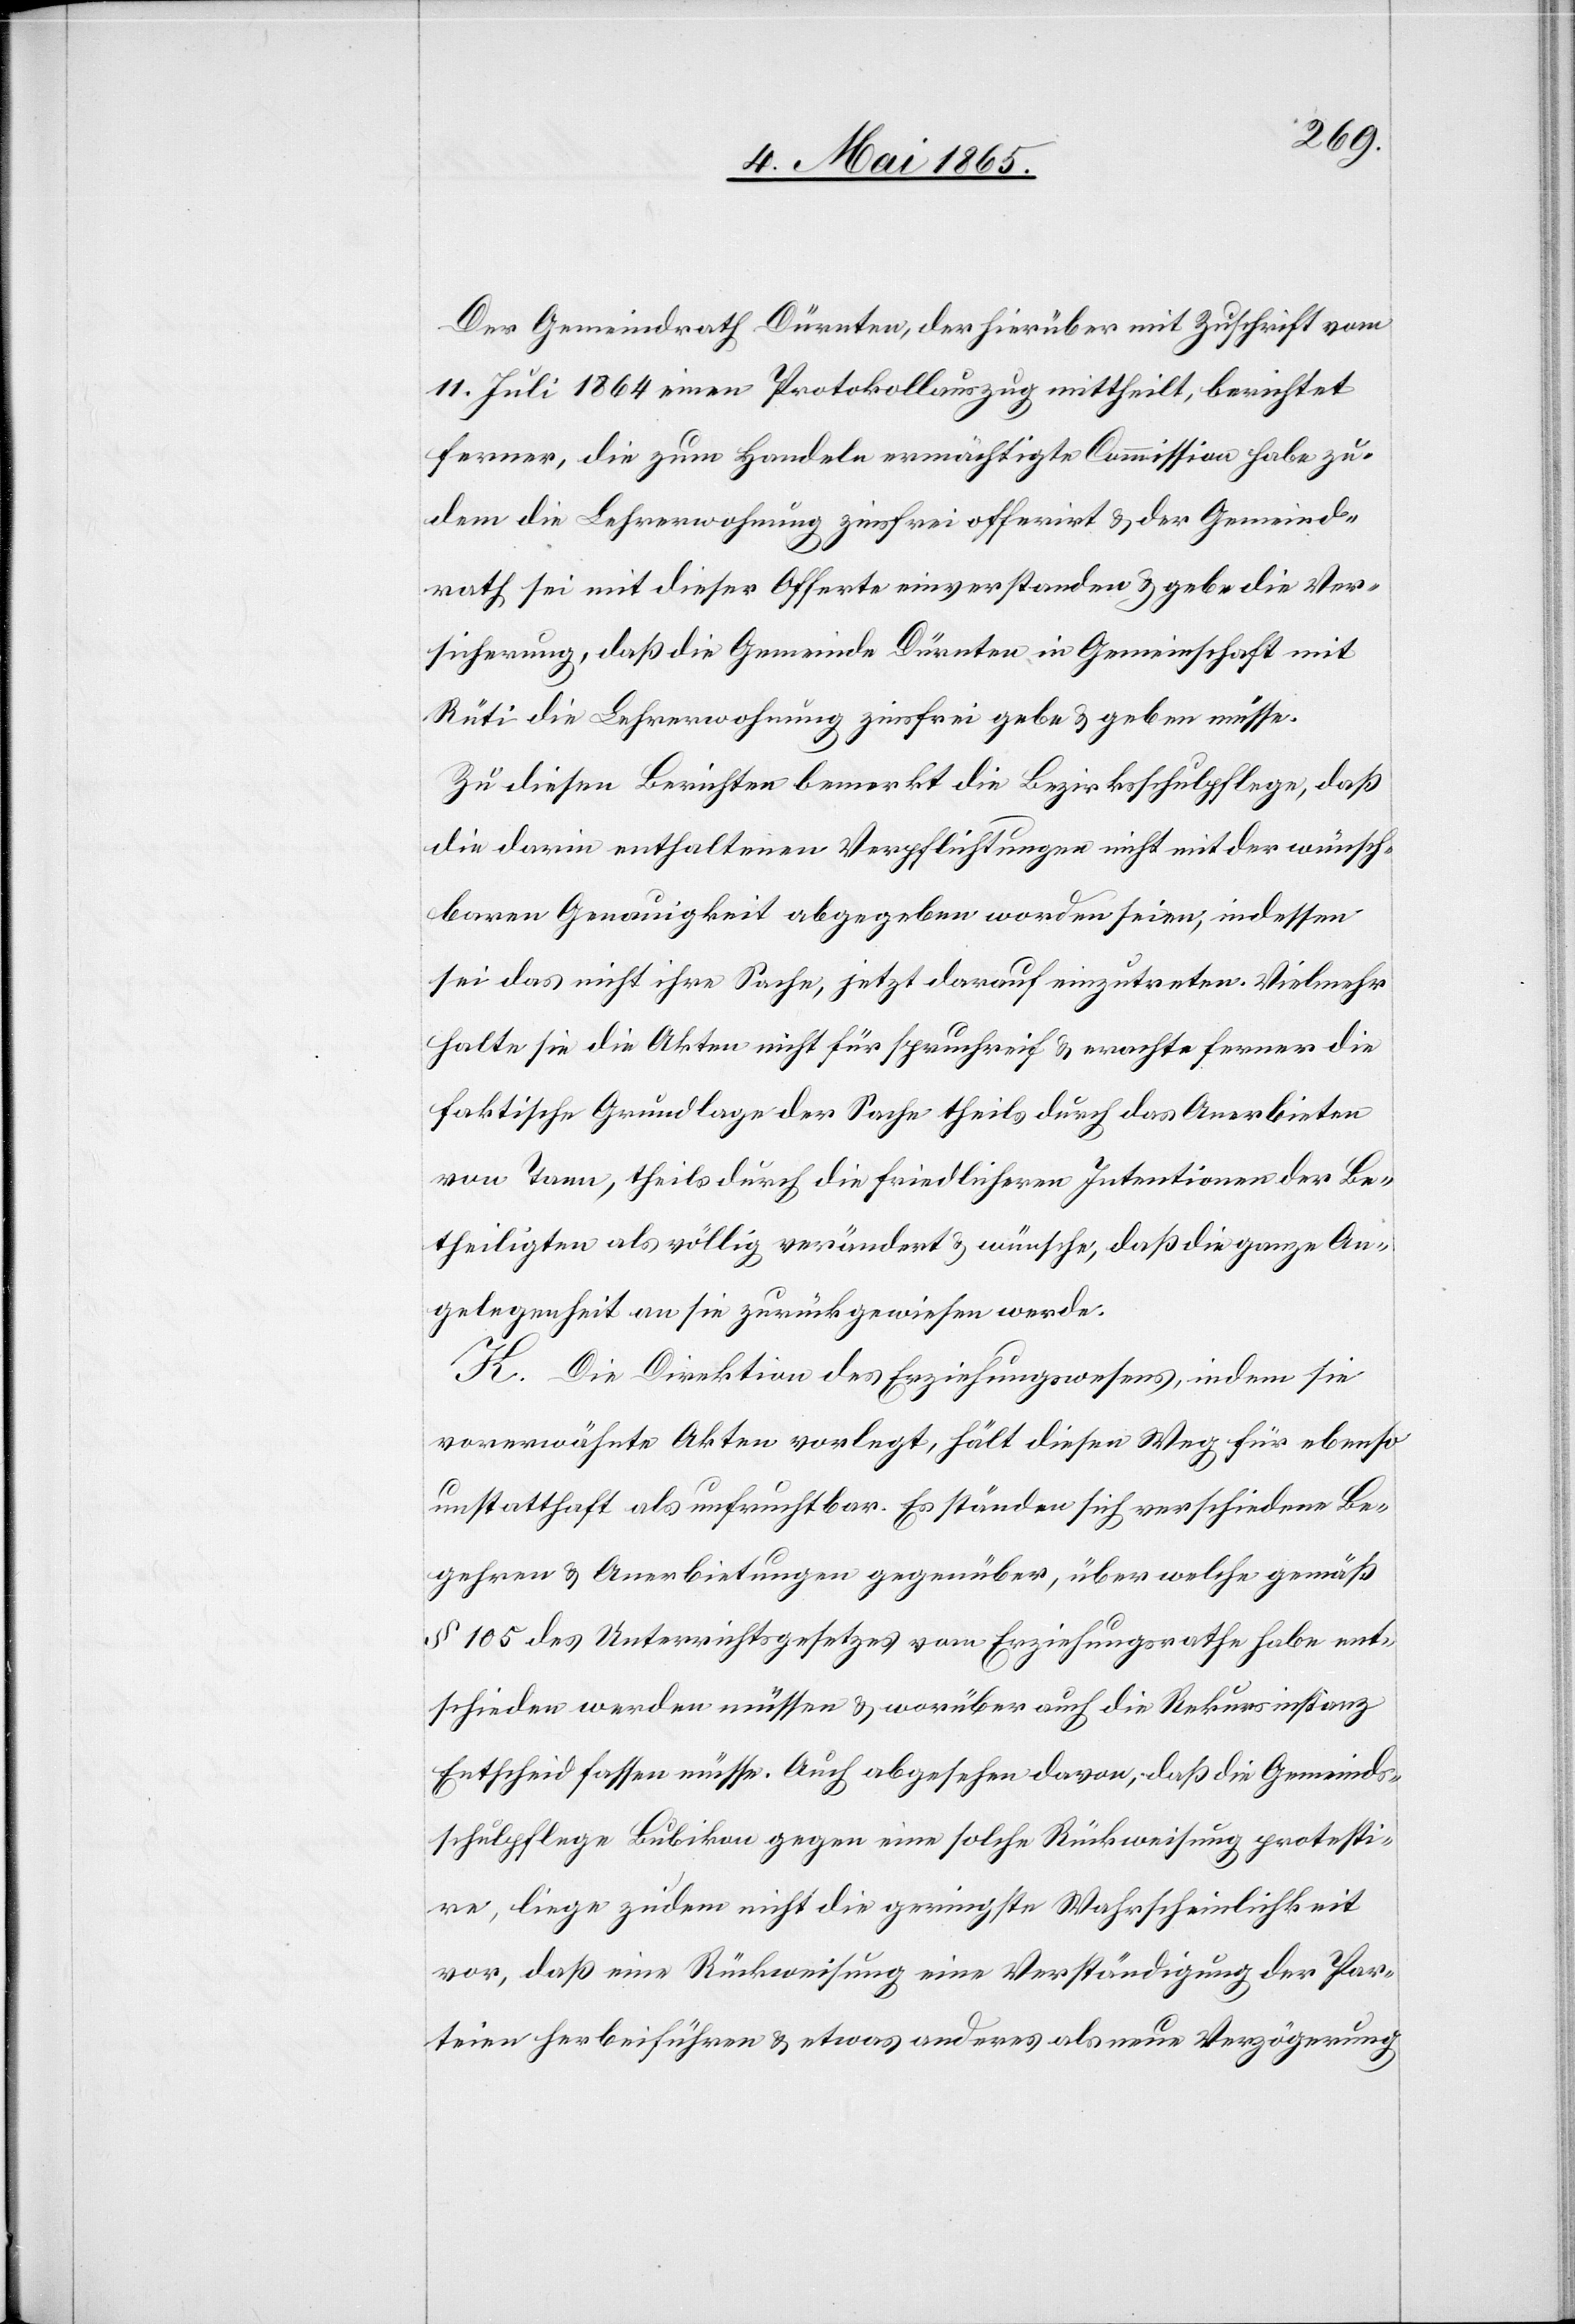
Der Gemeindrath Dürnten, der hierüber mit Zuschrift vom
11. Juli 1864 einen Protokollauszug mittheilt, berichtet
ferner, die zum Handeln ermächtigte Commission habe zu¬
dem die Lehrerwohnung zinsfrei offerrirt & der Gemeind¬
rath sei mit dieser Offerte einverstanden & gebe die Ver¬
sicherung, daß die Gemeinde Dürnten in Gemeinschaft mit
Rüti die Lehrerwohnung zinsfrei gebe & geben müsse.
Zu diesen Berichten bemerkt die Bezirksschulpflege, daß
die darin enthaltenen Verpflichtungen nicht mit der wünsch¬
baren Genauigkeit abgegeben worden seien, indessen
sei das nicht ihre Sache, jetzt darauf einzutreten. Vielmehr
halte sie die Akten nicht für spruchreif & erachte ferner die
faktische Grundlage der Sache theils durch das Anerbieten
von Tann, theils durch die friedlicheren Intentionen der Be¬
theiligten als völlig verändert & wünsche, daß die ganze An¬
gelegenheit an sie zurückgewiesen werde.
K. Die Direktion des Erziehungswesens, indem sie
vorerwähnte Akten vorlegt, hält diesen Weg für ebenso
unstatthaft als unfruchtbar. Es ständen sich verschiedene Be¬
gehren & Anerbietungen gegenüber, über welche gemäß
§ 105 des Unterrichtsgesetzes vom Erziehungsrathe habe ent¬
schieden werden müssen & worüber auch die Rekursinstanz
Entscheid fassen müsse. Auch abgesehen davon, daß die Gemeinds¬
schulpflege Bubikon gegen eine solche Rückweisung protesti¬
re, liege zudem nicht die geringste Wahrscheinlichkeit
vor, daß eine Rückweisung eine Verständigung der Par¬
teien herbeiführen & etwas anderes als neue Verzögerung